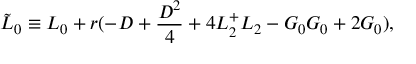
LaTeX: \tilde { L } _ { 0 } \equiv L _ { 0 } + r ( - D + \frac { D ^ { 2 } } { 4 } + 4 L _ { 2 } ^ { + } L _ { 2 } - G _ { 0 } G _ { 0 } + 2 G _ { 0 } ) ,